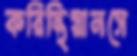
করিন্থিয়ানসে